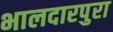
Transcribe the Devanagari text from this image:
भालदारपुरा